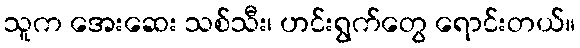
သူက အေးဆေး သစ်သီး၊ ဟင်းရွက်တွေ ရောင်းတယ်။